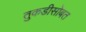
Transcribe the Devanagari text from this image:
तुकडीसोबत